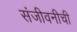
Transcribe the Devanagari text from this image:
संजीवनीची